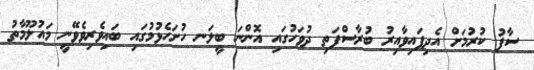
ސާފު ކުރުމަށް އެދިފައިވާއިރު ބުރާސްފަތި ދުވަހުގައި އޮންނަ ބީލަނ ހުށަހެޅުމުގައި ބައިވެރިވެވޭނީ މައުލޫމާތު